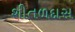
શીતળદાસ